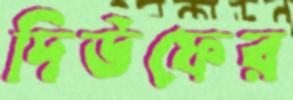
দিউফের